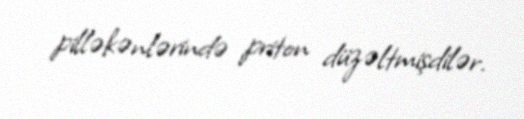
pilləkənlərində priton düzəltmişdilər.